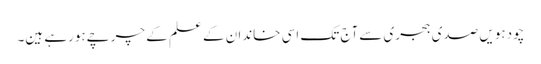
چودہویں صدی ہجری سےآج تک اسی خاندان کے علم کے چرچےہورہے ہین۔